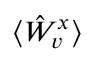
\langle \hat { W } _ { v } ^ { x } \rangle